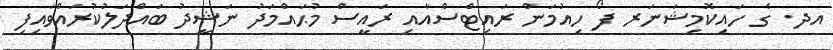
އދ. ގެ ހައިކޮމިޝަނަރ ފޯ ހިއުމަން ރައިޓްސްއާއި ރައީސް މުޙައްމަދު ނަޝީދު ބައްދަލުކުރައްވައިފި